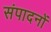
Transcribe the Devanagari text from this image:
संपादनों